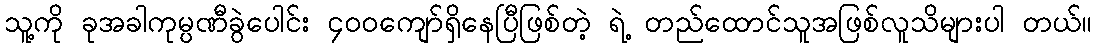
သူ့ကို ခုအခါကုမ္ပဏီခွဲပေါင်း ၄၀၀ကျော်ရှိနေပြီဖြစ်တဲ့ ရဲ့ တည်ထောင်သူအဖြစ်လူသိများပါ တယ်။